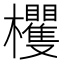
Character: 欔